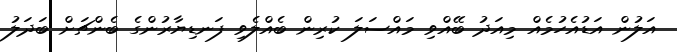
އަލުން އަޑުއެހުމެއް މިއަދު ބޭއްވި މައްސަލަ ކުރިން ބެއްލެވި ފަނޑިޔާރުންގެ ބެންޗަށް ބަދަލު